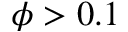
\phi > 0 . 1